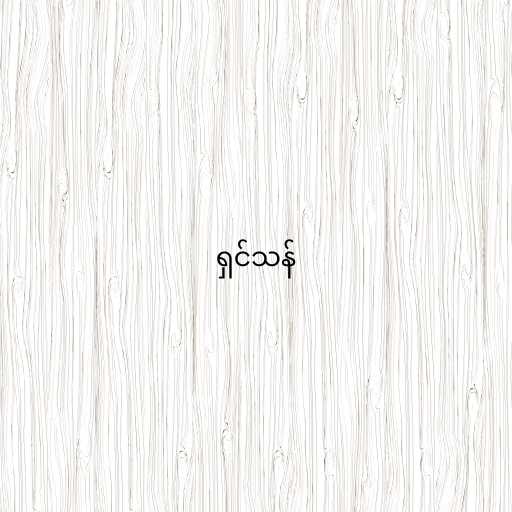
ရှင်သန်